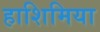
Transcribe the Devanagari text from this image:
हाशिमिया